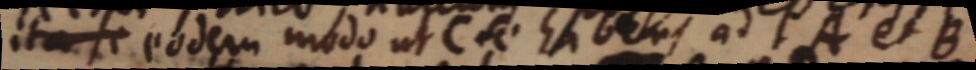
ita se eodem modo ut C se hibens ad A et B